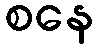
စနေ